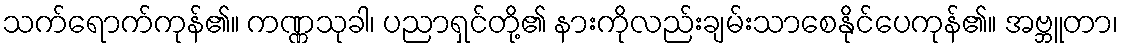
သက်ရောက်ကုန်၏။ ကဏ္ဏသုခါ၊ ပညာရှင်တို့၏ နားကိုလည်းချမ်းသာစေနိုင်ပေကုန်၏။ အဗ္ဘူတာ၊